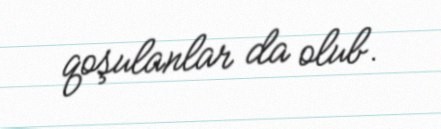
qoşulanlar da olub.